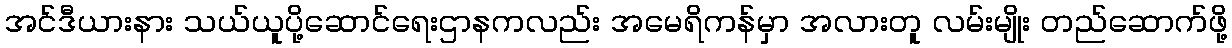
အင်ဒီယားနား သယ်ယူပို့ဆောင်ရေးဌာနကလည်း အမေရိကန်မှာ အလားတူ လမ်းမျိုး တည်ဆောက်ဖို့